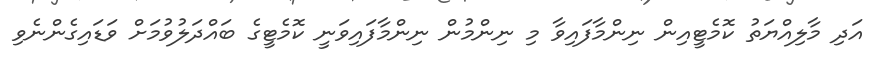
އަދި މާލިއްޔަތު ކޮމެޓީއިން ނިންމާފައިވާ މި ނިންމުން ނިންމާފައިވަނީ ކޮމެޓީގެ ބައްދަލުވުމަށް ވަޑައިގެންނެވި